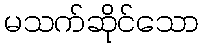
မသက်ဆိုင်သော